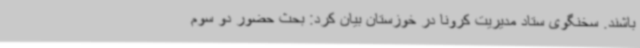
باشند. سخنگوی ستاد مدیریت کرونا در خوزستان بیان کرد: بحث حضور دو سوم